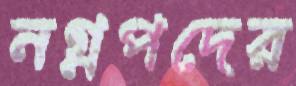
নগ্নপদের